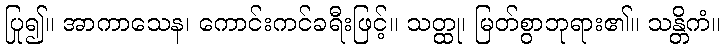
ပြု၍။ အာကာသေန၊ ကောင်းကင်ခရီးဖြင့်။ သတ္ထု၊ မြတ်စွာဘုရား၏။ သန္တိကံ။